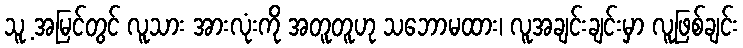
သူ့ အမြင်တွင် လူသား အားလုံးကို အတူတူဟု သဘောမထား၊ လူအချင်းချင်းမှာ လူဖြစ်ချင်း